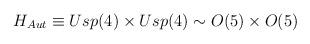
LaTeX: \begin{align*}H_{Aut}\equiv Usp(4)\times Usp(4) \sim O(5) \times O(5)\end{align*}